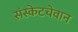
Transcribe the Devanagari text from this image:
संस्केटचेवान